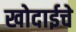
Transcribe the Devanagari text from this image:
खोदाईचे